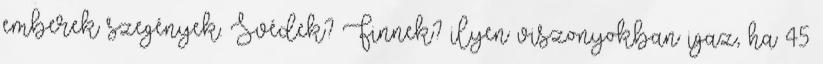
emberek szegények. Svédek? Finnek? ilyen viszonyokban igaz, ha 45